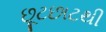
છૂટછાટથી